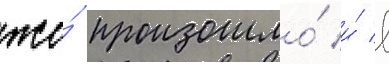
же́ произошло́ и́ в